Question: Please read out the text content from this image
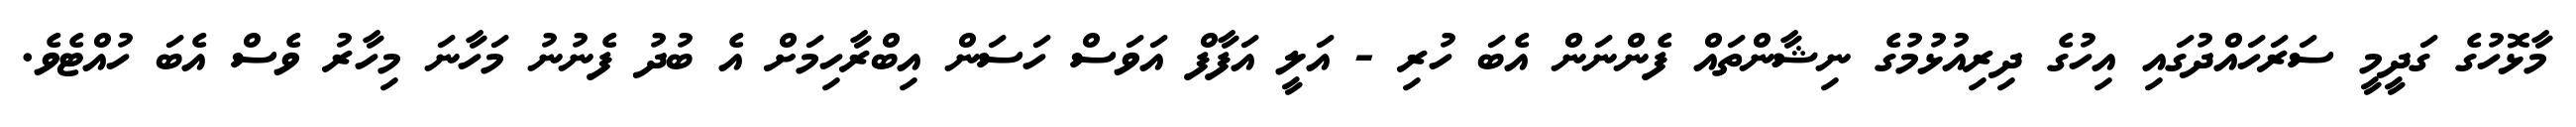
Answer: މާޅޮހުގެ ގަދީމީ ސަރަހައްދުގައި އިހުގެ ދިރިއުޅުމުގެ ނިޝާންތައް ފެންނަން އެބަ ހުރި - އަލީ އަފާފް އަވަސް ހަސަން އިބްރާހިމަށް އެ ބުދު ފެނުނު މަހާނަ މިހާރު ވެސް އެބަ ހުއްޓެވެ.